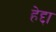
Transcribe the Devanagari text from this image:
हेद्दा